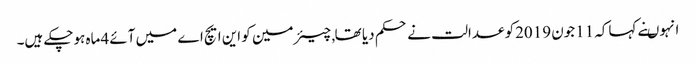
انہوںنے کہاکہ 11جون 2019کو عدالت نے حکم دیا تھا , چیئرمین کو این ایچ اے میں آئے 4ماہ ہوچکے ہیں۔